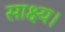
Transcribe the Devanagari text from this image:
साक्ष्य।